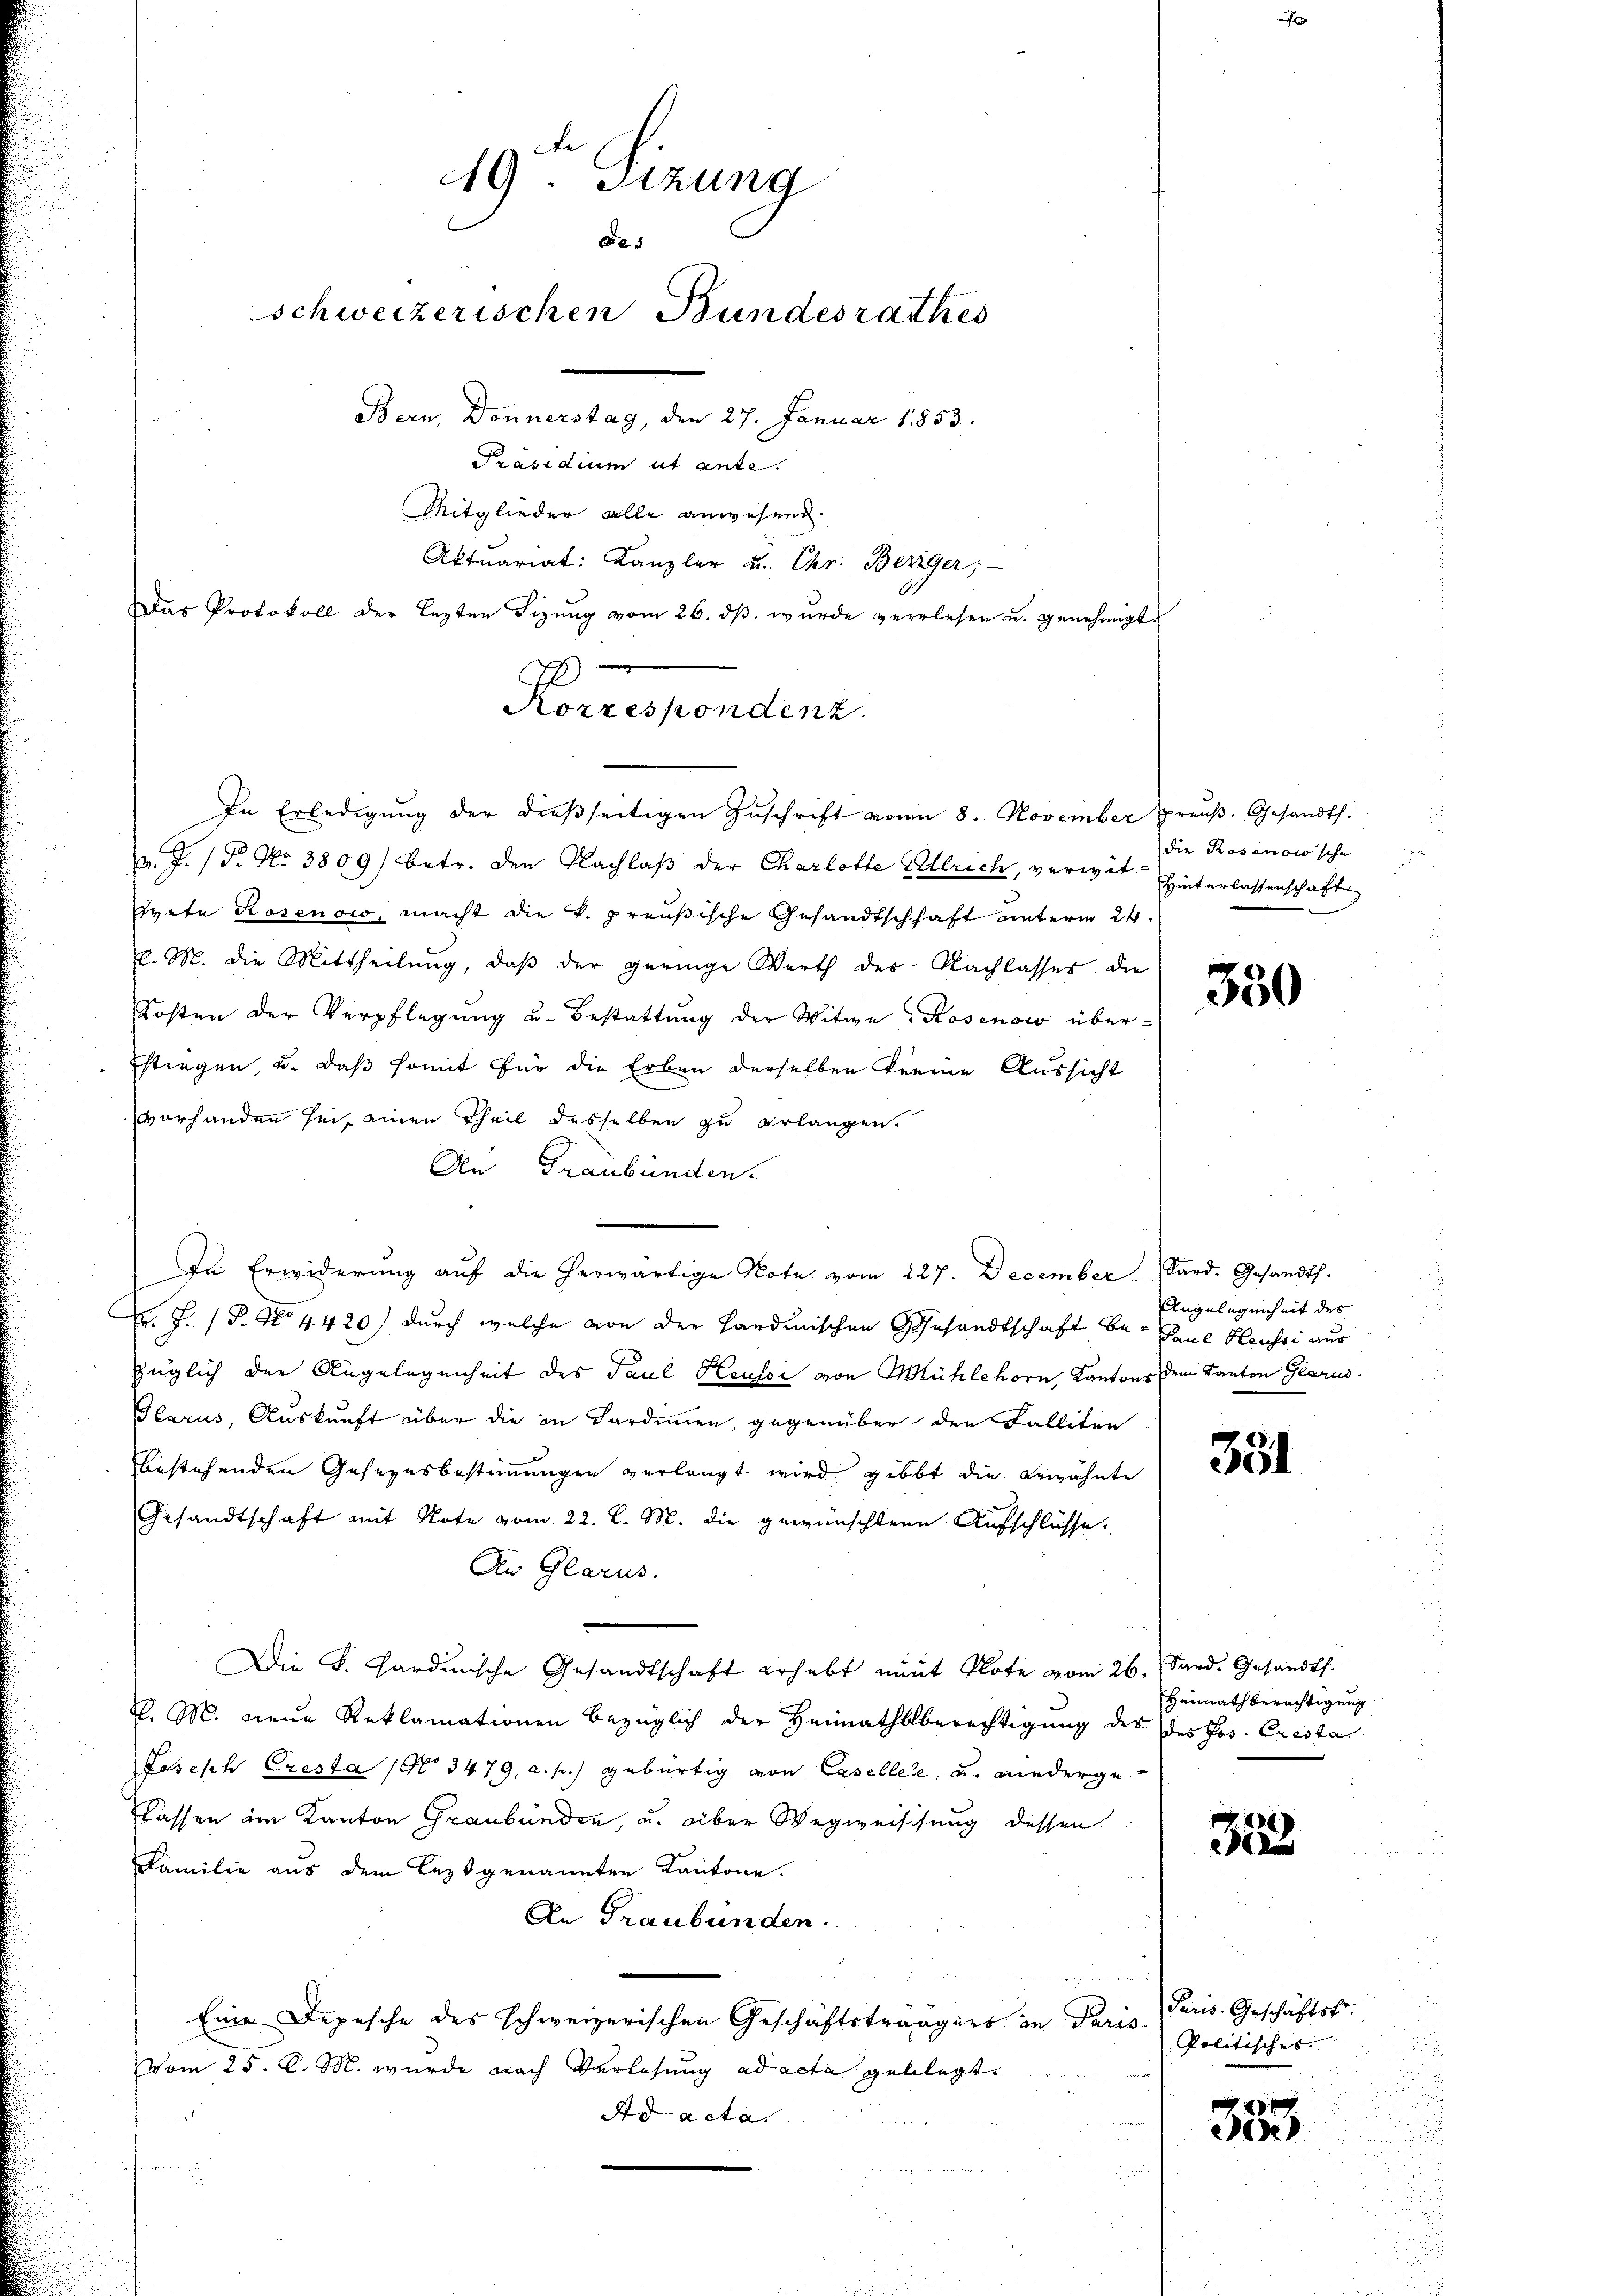
49. Sitzung
8
schweizerischen Bundesrathes
Bern, Donnerstag, den 27. Januar 1853.
Präsidium ut ante.
Mitglieder alle anwesend.
Aktuariat: Kanzler u. Chr. Beriger,
Das Protokoll der lezten Sizŭng vom 26. dβ. wurde verlesen u. genehmigt

Korrespondenz.
In Erledigŭng der dieβseitigen Zŭschrift von 8. November Preŭβ. Gesandts

v. J. (T. No. 3809) betr. den Nachlaβ der Charlotte Ellrich, verwit- Hinterlassenschaft
Hyete Rosenow, macht die k. preußische Gesandtschhaft unterm 24.
l. M. die Mittheilung, daß der geringe Werth der Nachlasses die
Kosten der Verpflegung u. Bestattung der Witwe Rosenow über¬
Estiegen, u. daß somit für die Erben derselben keine Aussicht
vorhanden sei, einen Theil desselben zu erlangen.
An Graubünden.
Hr. J. (T. No 4420) durch welche von der Hardinischen Gesandtschaft be- Paul Heussi aus
züglich der Angelegenheit des Paul Keussi von Mühlehorn, Kantons dem Kanton Glarus.
Glarus, Auskunft über die in Sardinien, gegenüber den Falliten
bestehenden Gesezesbestimmungen verlangt wird gibt die Gewähnte
Gesandtschaft mit Note vom 22. l. M. die gewünschten Aufschlüsse.
An Glarus.
Die F. Hardunsche Gesandtschaft erhebt mit Plote vom 26. Sard. Gesandt.
l. M. neue Reklamationen bezüglich der Heimathbberechtigung des des Jos. Cresta
Joseph Cresta No 3479, a. p.) gebürtig von Caseller, u. wiederge
lassen im Kanton Graubünden, u. über Wegweissung dessen
Erfamilie aus dem leztgenannten Kantone.
An Graubünden.
Eine Depesche des schweizerischen Geschäftstrangers in Paris-
vom 25. d. M. wurde nach Verlesung ad acta geblegt.
d acta.
9
t

In Erwiderŭng aŭf die herwärtige Note vom 227. December Sard. Gesandth.

die Rosenow sche

330

Angelegenheit des

351

Heimath berechtigung

3523

Paris. Geschäftsf
Politisches.

353